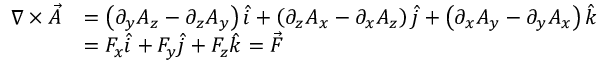
{ \begin{array} { r l } { \nabla \times { \vec { A } } } & { = \left( \partial _ { y } A _ { z } - \partial _ { z } A _ { y } \right) { \hat { i } } + \left( \partial _ { z } A _ { x } - \partial _ { x } A _ { z } \right) { \hat { j } } + \left( \partial _ { x } A _ { y } - \partial _ { y } A _ { x } \right) { \hat { k } } } \\ & { = F _ { x } { \hat { i } } + F _ { y } { \hat { j } } + F _ { z } { \hat { k } } = { \vec { F } } } \end{array} }